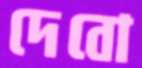
দেবো